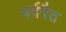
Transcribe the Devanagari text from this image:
वर्दपैत